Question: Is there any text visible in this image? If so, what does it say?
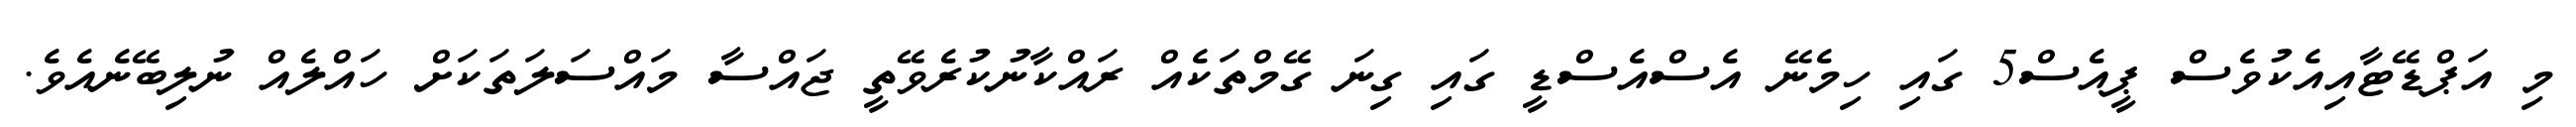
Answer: މި އަޕްޑޭޓާއިއެކުވެސް ޕީއެސް5 ގައި ހިމެނޭ އެސްއެސްޑީ ގައި ގިނަ ގޭމްތަކެއް ރައްކާނުކުރެވޭތީ ޖައްސާ މައްސަލަތަކަށް ހައްލެއް ނުލިބޭނެއެވެ.